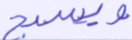
ويسبح